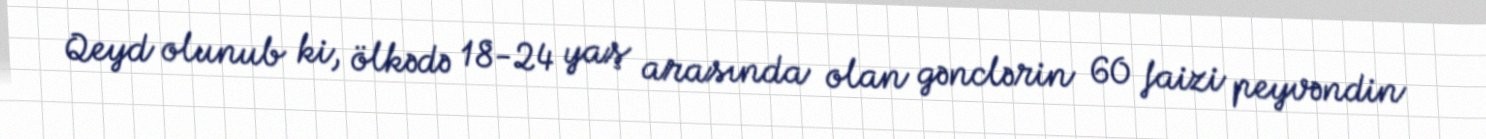
Qeyd olunub ki, ölkədə 18-24 yaş arasında olan gənclərin 60 faizi peyvəndin